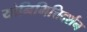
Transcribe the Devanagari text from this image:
योनिभित्तिदर्शन